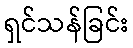
ရှင်သန်ခြင်း